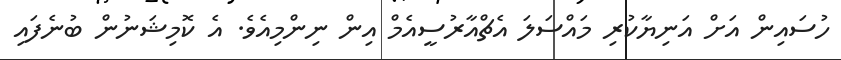
ހުސައިން އަށް އަނިޔާކުރި މައްސަލަ އެޗްއާރުސީއެމް އިން ނިންމިއެވެ. އެ ކޮމިޝަނުން ބުނެފައި